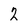
Character: 2